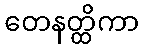
တေနတ္ထိကာ